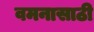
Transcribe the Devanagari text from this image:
वमनासाठी